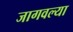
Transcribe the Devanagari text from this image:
जागवल्या